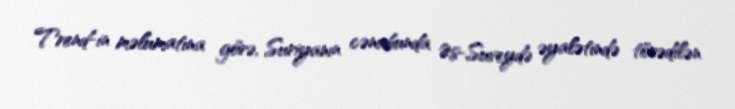
Trend-in məlumatına görə, Suriyanın cənubunda Əs-Suveydə əyalətində törədilən